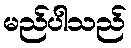
မည်ပါသည်